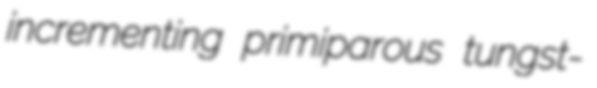
incrementing primiparous tungst-